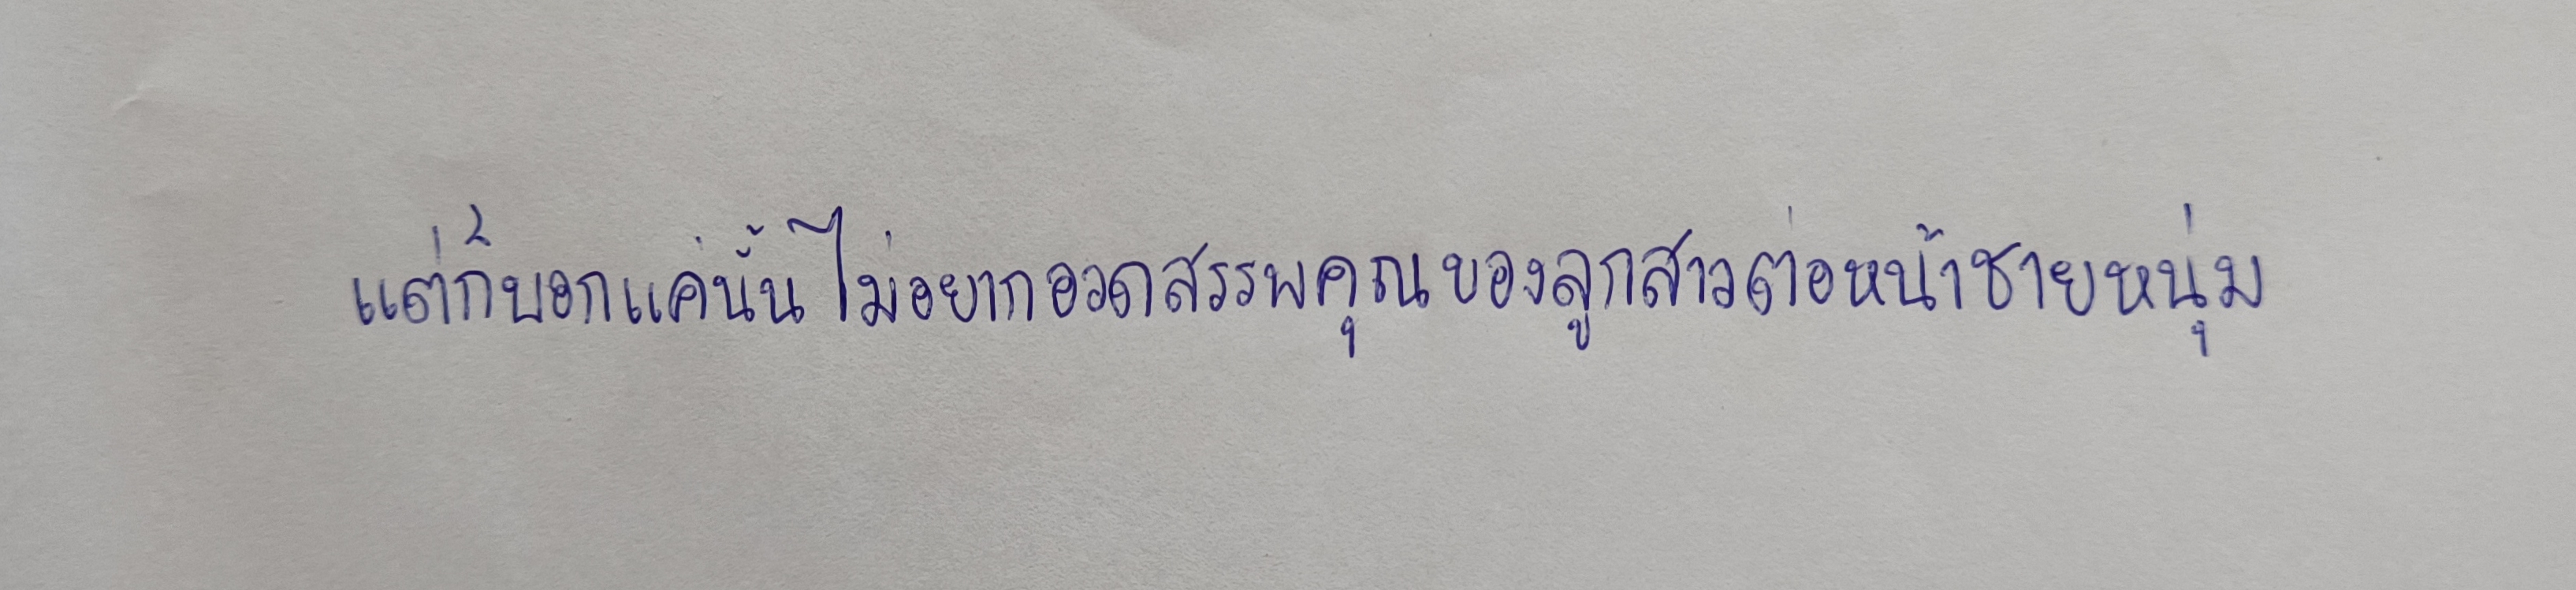
แต่ก็บอกแค่นั้นไม่อยากอวดสรรพคุณของลูกสาวต่อหน้าชายหนุ่ม